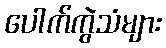
ပေါက်ကွဲသံများ